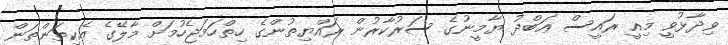
ވިދާޅުވީ މިއީ ރައީސް ޢަބްދު ޔާމީނުގެ ސަރުކާރުން ރައްޔިތުންގެ ހިތްހަމަޖެހުމަށް މާލޭގެ އެކިތަންތަން